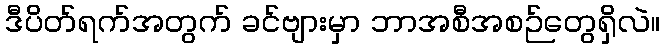
ဒီပိတ်ရက်အတွက် ခင်ဗျားမှာ ဘာအစီအစဉ်တွေရှိလဲ။